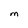
Character: M